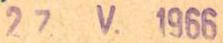
27.V.1966